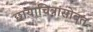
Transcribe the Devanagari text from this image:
छायाचित्रांसोबत